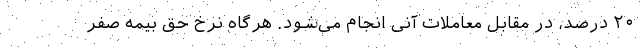
۲۰ درصد، در مقابل معاملات آنی انجام می‌شود. هرگاه نرخ حق بیمه صفر